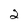
Character: 2